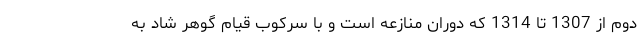
دوم از 1307 تا 1314 که دوران منازعه است و با سرکوب قیام گوهر شاد به